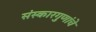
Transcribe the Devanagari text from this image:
संस्कारगुणांचे